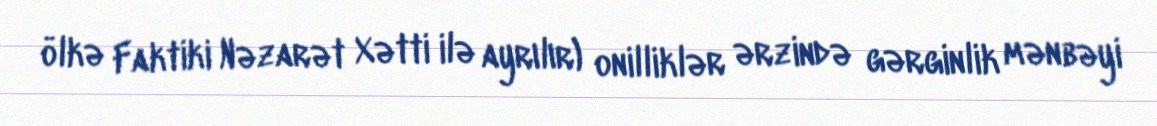
ölkə Faktiki Nəzarət Xətti ilə ayrılır) onilliklər ərzində gərginlik mənbəyi